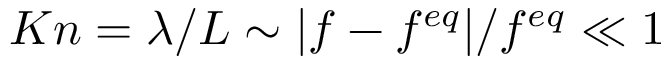
K n = \lambda / L \sim | f - f ^ { e q } | / f ^ { e q } \ll 1